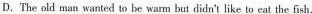
D.The old man wanted to be warm but didn't liketo eat the fish.